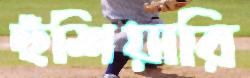
হুঁশিয়ারি